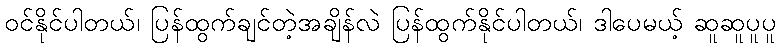
ဝင်နိုင်ပါတယ်၊ ပြန်ထွက်ချင်တဲ့အချိန်လဲ ပြန်ထွက်နိုင်ပါတယ်၊ ဒါပေမယ့် ဆူဆူပူပူ